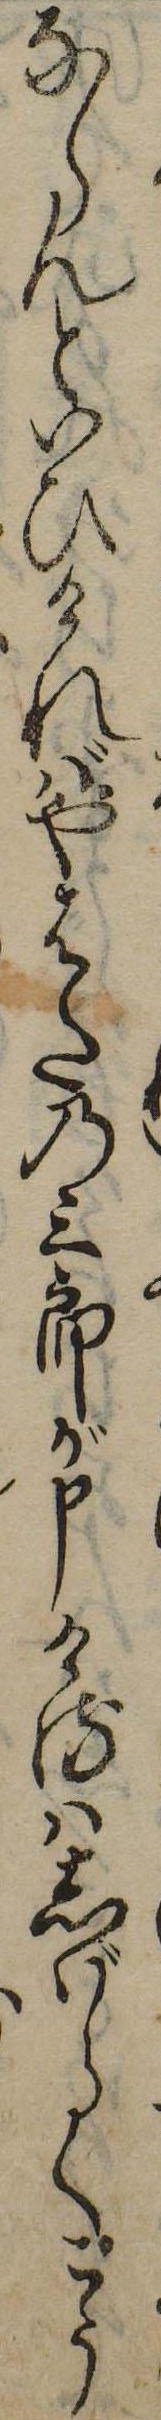
ならんといひければやはたの三郎が申けるはしばらくこう